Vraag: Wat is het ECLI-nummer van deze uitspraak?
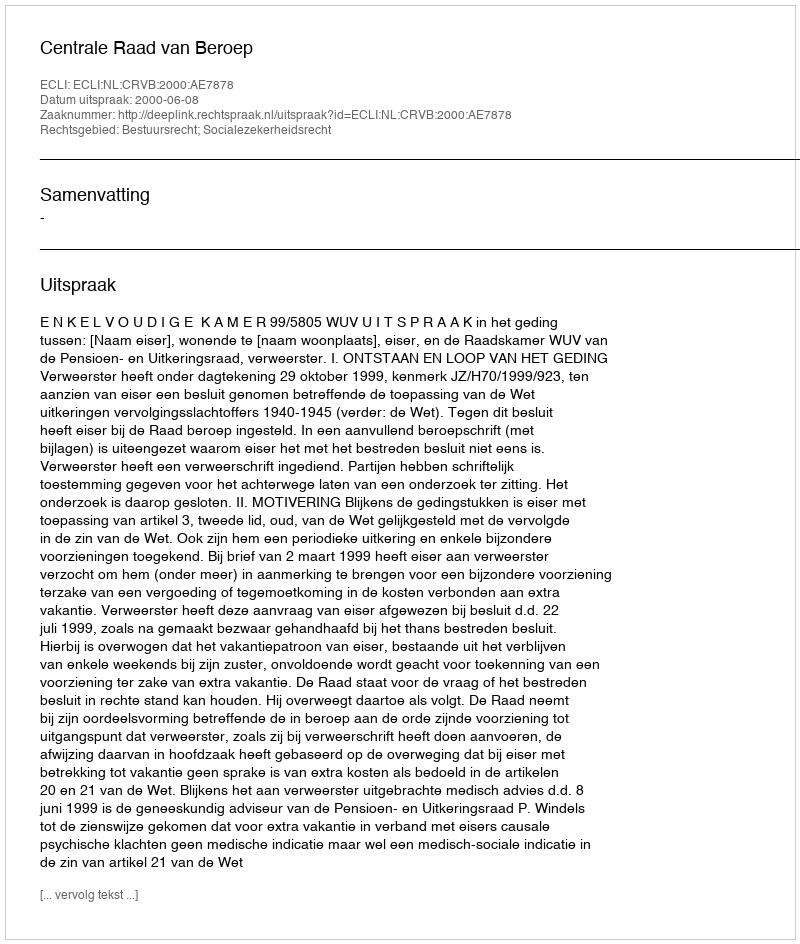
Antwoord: ECLI:NL:CRVB:2000:AE7878